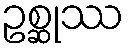
ဥစ္ဆုဿ